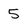
Character: 5